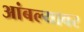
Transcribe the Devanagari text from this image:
आंबल्यावर